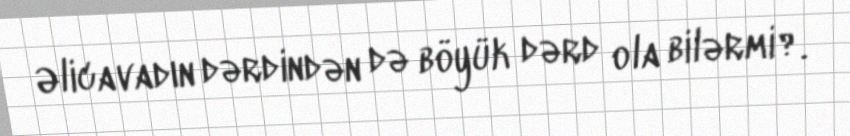
Əlicavadın dərdindən də böyük dərd ola bilərmi?.